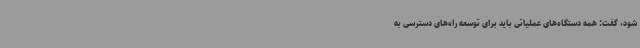
شود، گفت: همه دستگاه‌های عملیاتی باید برای توسعه راه‌های دسترسی به